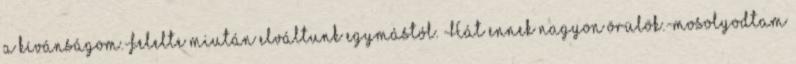
a kívánságom.-felelte miután elváltunk egymástól. -Hát ennek nagyon örülök.-mosolyodtam